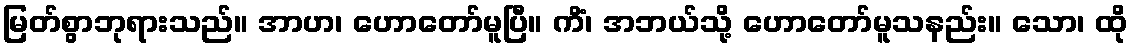
မြတ်စွာဘုရားသည်။ အာဟ၊ ဟောတော်မူပြီ။ ကိံ၊ အဘယ်သို့ ဟောတော်မူသနည်း။ သော၊ ထို